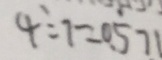
4 \div 7 = 0 . 5 7 1